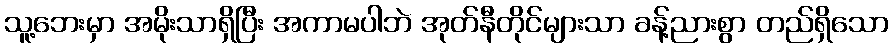
သူ့ဘေးမှာ အမိုးသာရှိပြီး အကာမပါဘဲ အုတ်နီတိုင်များသာ ခန့်ညားစွာ တည်ရှိသော